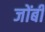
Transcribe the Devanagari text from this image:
जोंबी